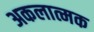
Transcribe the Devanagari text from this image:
अकलात्मक